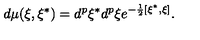
d \mu ( \xi , \xi ^ { * } ) = d ^ { p } \xi ^ { * } d ^ { p } \xi e ^ { - \frac 1 2 [ \xi ^ { * } , \xi ] } .